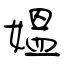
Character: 媼